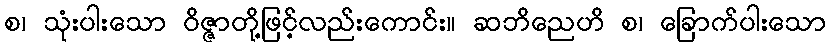
စ၊ သုံးပါးသော ဝိဇ္ဇာတို့ဖြင့်လည်းကောင်း။ ဆဘိညေဟိ စ၊ ခြောက်ပါးသော